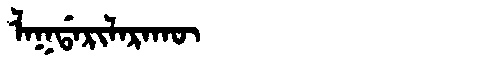
Manchu: ᠯᠠᡴᡩᠠᡵᡳᠯᠠᡵᠠᡴᡡ
Romanization: LAKDARILARAKŪ